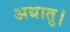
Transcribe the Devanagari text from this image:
अधातु।